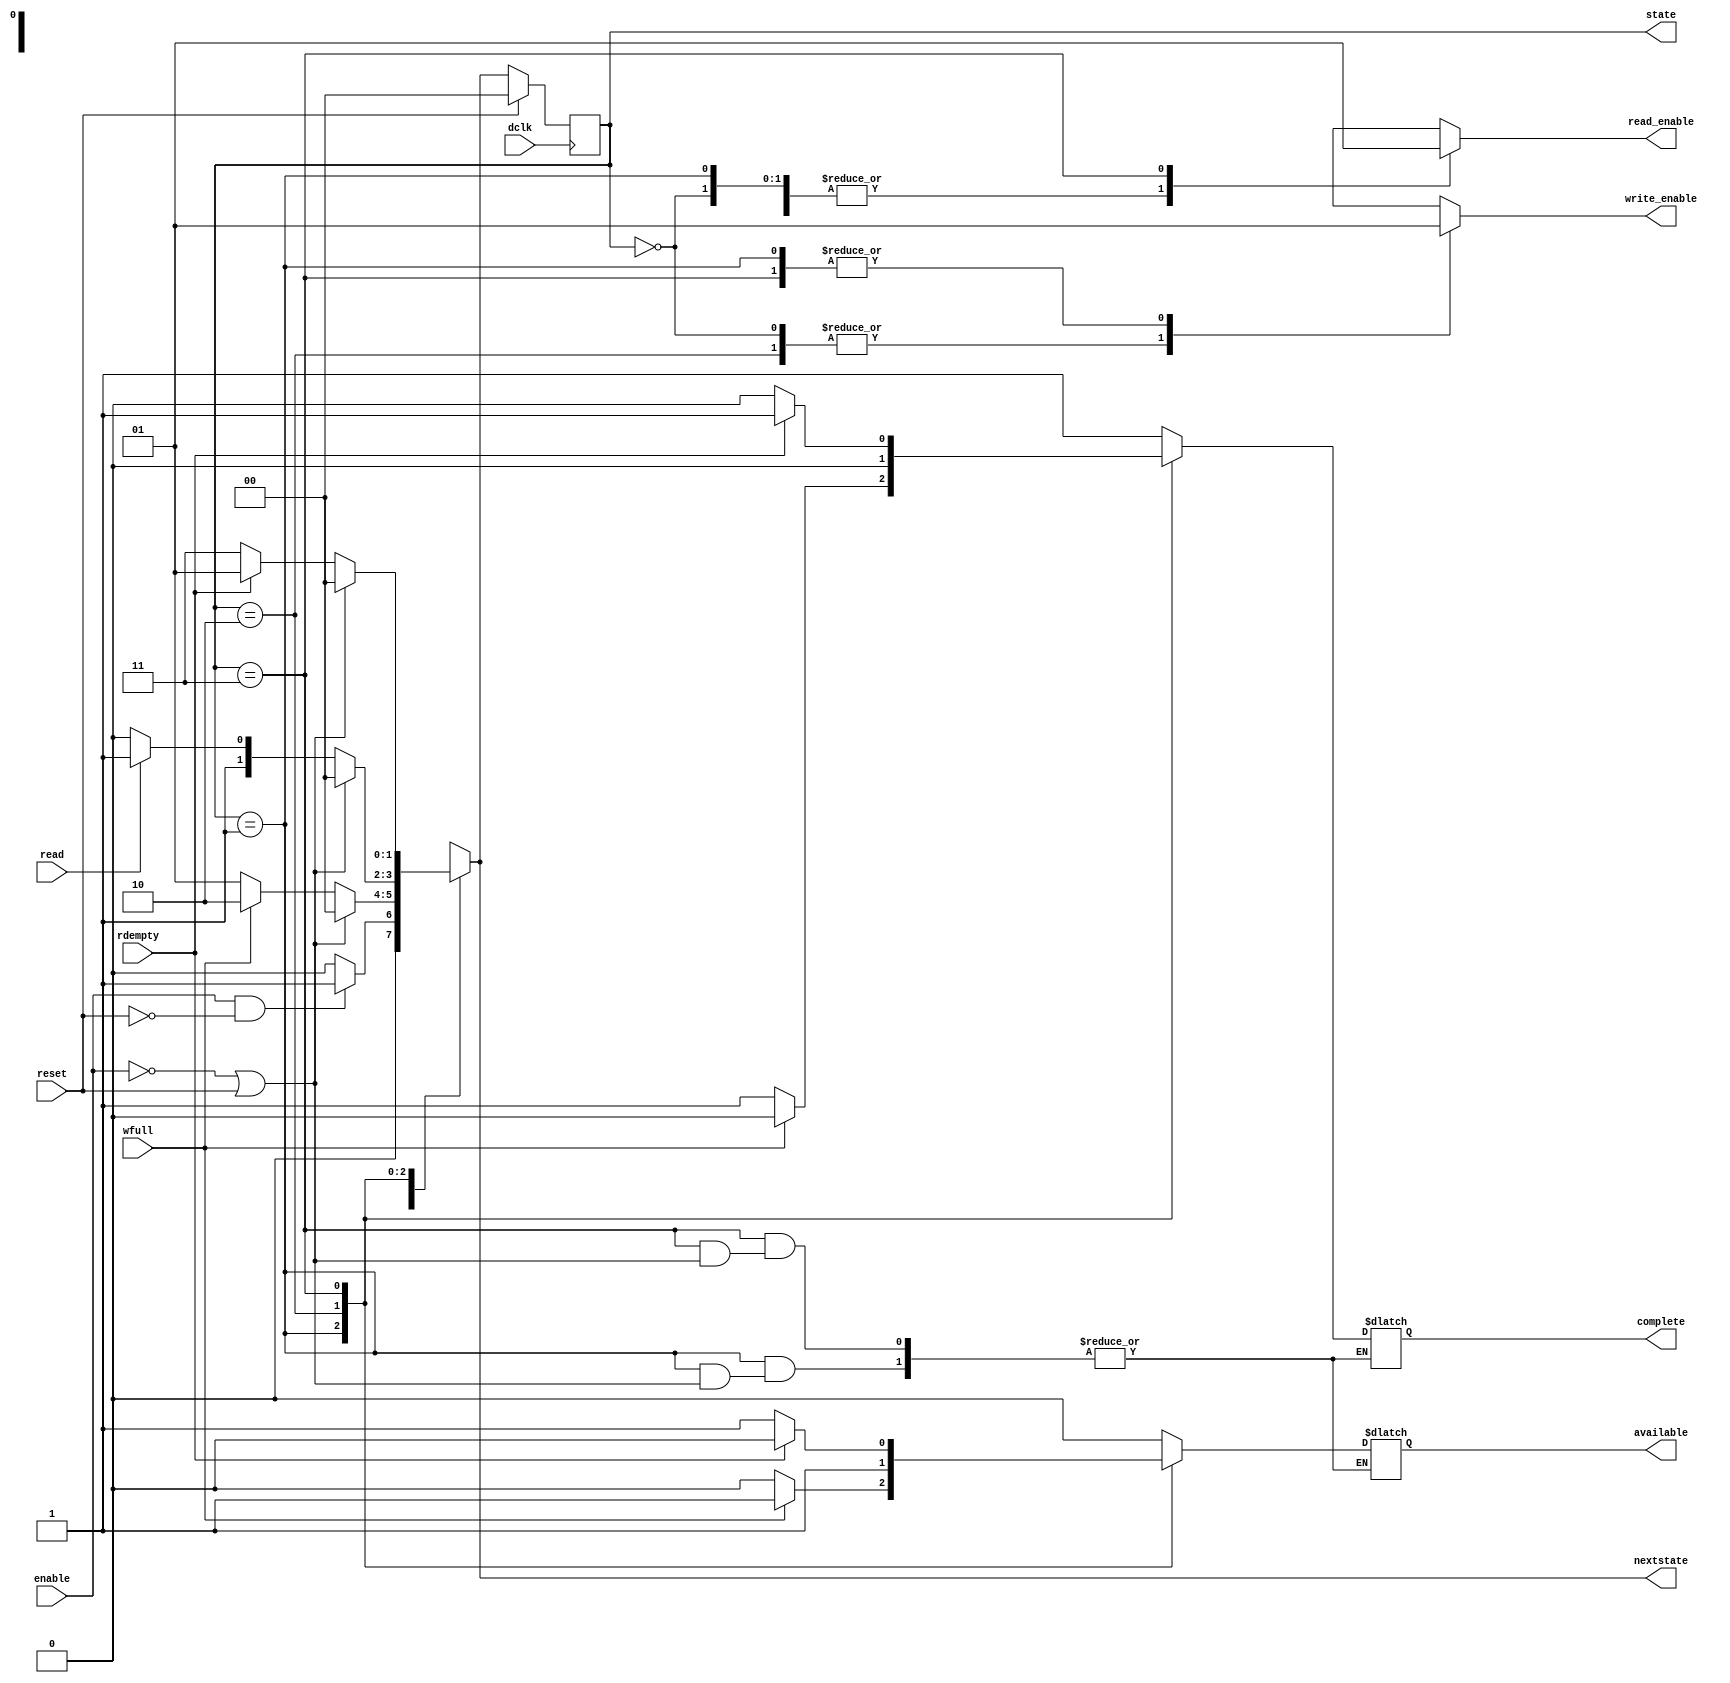
/* controller module. Controls hard decision demapper */
module QAM_demapper_controller(enable, reset, dclk, read, read_enable, write_enable, wfull, rdempty, available, complete, state, nextstate);
	/*	I/O Schema:
	*	*	INPUTS:
	*	*	*	enable = enables the module
	*	*	*	reset = resets the FSM and clears the FIFO
	*	*	*	dclk = digital clock (input clock from host device)
	*	*	*	read = host read signal
	*	*	*	wfull = FIFO register full flag
	*	*	*	rdempty = FIFO register empty flag
	*	*
	*	*	OUTPUTS:
	*	*	*	read_enable = enables reading from the FIFO register
	*	*	*	write_enable = enables writing to the FIFO register
	*	*	*	wclk = FIFO register write clock
	*	*	*	available = host device data available flag
	*	*	*	complete = host device complete flag
	*	State Schema:
	*	*	State 0 (2'b00): Idle - no data being written to FIFO
	*	*	State 1 (2'b01): Receive - writing data to FIFO
	*	*	State 2 (2'b10): Data Ready - FIFO is full, additional data discarded
	*	*	State 3 (2'b11): Read Out - reading data out of FIFO
	*/
	
	input enable, reset, dclk, read, wfull, rdempty;
	output reg read_enable, write_enable, available, complete;
	
	output reg[1:0] state, nextstate;

	
	always @ (posedge dclk) begin //Mealy Machine operates off the dclk
		if(reset) begin
			state <= 2'b00;
		end
		
		else
			state <= nextstate;
	end
	
	always @* begin //combinational logic
		case(state)
			2'b00: begin //idle state
				write_enable = 0;
				available = 0;
				complete = 1;
				read_enable = 0;
				
				if(enable == 1 && reset == 0) nextstate = 2'b01; //if enable goes high, transition to receive state
				else nextstate = 2'b00;
			end
			2'b01: begin //receive state
				write_enable = 1;
				read_enable = 0;
				if(enable == 0 || reset == 1) nextstate = 2'b00; //if enable goes low or reset goes high, transition to idle state
				else if(wfull == 1) begin
					nextstate = 2'b10; //if the FIFO is full, transition to data ready state
					available = 1; //raise the data available flag to the host device
					complete = 0;
				end
				else begin
					nextstate = 2'b01;
					available = 0;
					complete = 1;
				end
			end
			2'b10: begin //data ready state
				write_enable = 0; //drops data received in this state!
				read_enable = 0;
				available = 1;
				complete = 0;
				if(enable == 0 || reset == 1) nextstate = 2'b00; //if enable goes low or reset goes high, transition to idle state
				else if(read == 1) nextstate = 2'b11;
				else nextstate = 2'b10;
			end
			2'b11: begin //read out state
				write_enable = 1;
				read_enable = 1;
				if(enable == 0 || reset == 1) nextstate = 2'b00; //if enable goes low or reset goes high, transition to idle state
				else if(rdempty == 1) begin
					available = 0;
					complete = 1; //raise the transmission complete flag to the host device
					nextstate = 2'b01; //return to the receive state
				end
				else begin
					available = 1;
					complete = 0;
					nextstate = 2'b11;
				end
			end
		endcase
	end
	
endmodule
//end of file